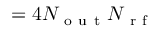
= 4 N _ { \mathrm { ~ o ~ u ~ t ~ } } N _ { \mathrm { ~ r ~ f ~ } }